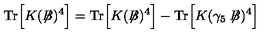
\mathrm { T r } \Big [ K ( \not { \! \! B } ) ^ { 4 } \Big ] = \mathrm { T r } \Big [ K ( \not { \! \! B } ) ^ { 4 } \Big ] - \mathrm { T r } \Big [ K ( \gamma _ { 5 } \not { \! \! B } ) ^ { 4 } \Big ]